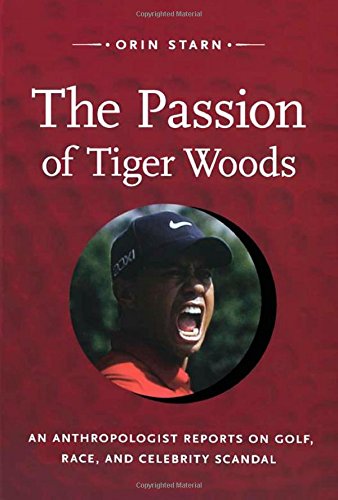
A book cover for The Passion of Tiger Woods: An Anthropologist Reports on Golf, Race, and Celebrity Scandal (a John Hope Franklin Center Book); Orin Starn; Biographies & Memoirs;